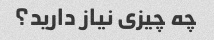
چه چیزی نیاز دارید؟